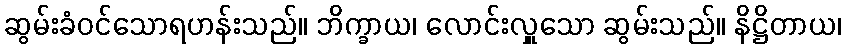
ဆွမ်းခံဝင်သောရဟန်းသည်။ ဘိက္ခာယ၊ လောင်းလှူသော ဆွမ်းသည်။ နိဋ္ဌိတာယ၊